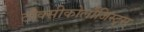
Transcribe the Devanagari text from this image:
टौक्सीकोलौजिस्ट्स